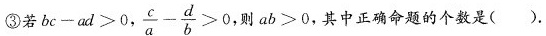
③若$$b c - a d > 0$$， $$\frac { c } { a } - \frac { d } { b } > 0$$ 则$$a b > 0$$，其中正确命题的个数是( ).